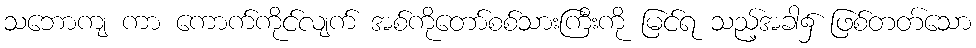
သဘောကျ ကာ ကောက်ကိုင်လျက် အစ်ကိုတော်စစ်သားကြီးကို မြင်ရ သည့်အခါ၌ ဖြစ်တတ်သော